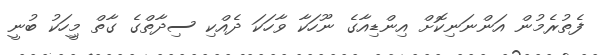
ފެތުރެމުން އަންނަނިކޮށް އިންޑިއާގެ ނޫހަކާ ވާހަކަ ދެއްކި ސިދާތްގެ ގާތް މީިހަކު ބުނީ